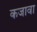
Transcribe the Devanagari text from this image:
कजावा